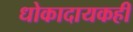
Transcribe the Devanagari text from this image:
धोकादायकही